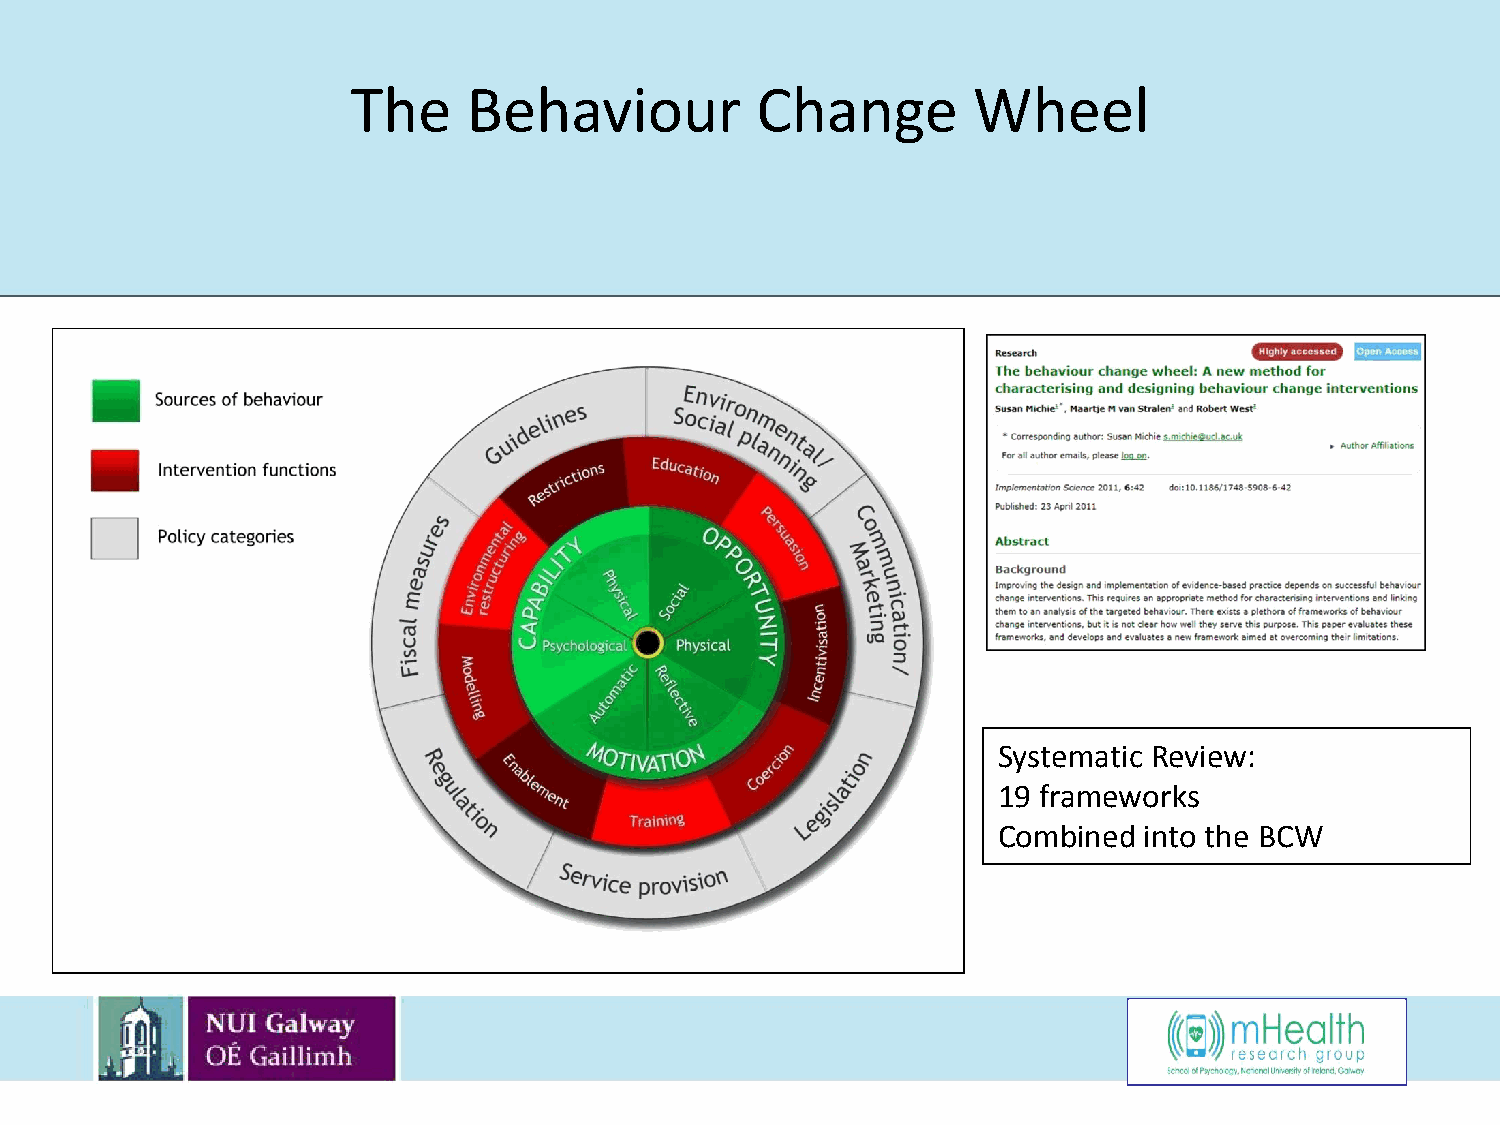
The     Behaviour          Change        Wheel
 Systematic Review:
 19 frameworks
 Combined  into the BCW